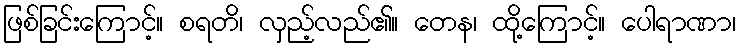
ဖြစ်ခြင်းကြောင့်။ စရတိ၊ လှည့်လည်၏။ တေန၊ ထို့ကြောင့်။ ပေါရာဏာ၊